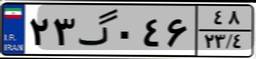
۰۹گ۶۴۸۳۸